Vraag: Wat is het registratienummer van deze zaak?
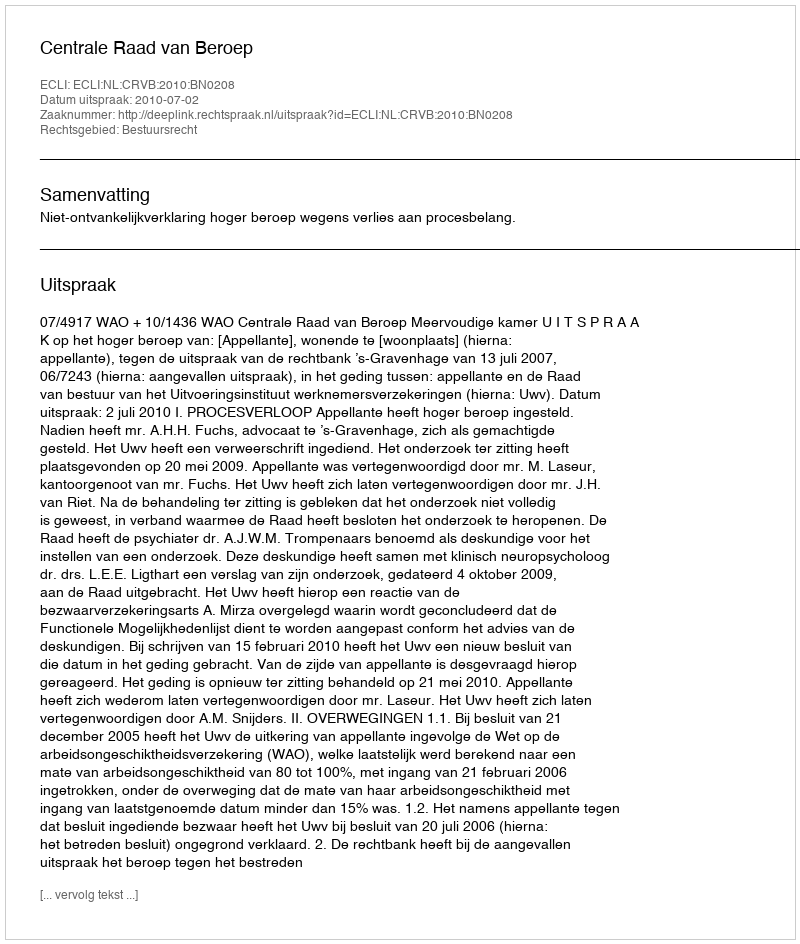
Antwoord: http://deeplink.rechtspraak.nl/uitspraak?id=ECLI:NL:CRVB:2010:BN0208